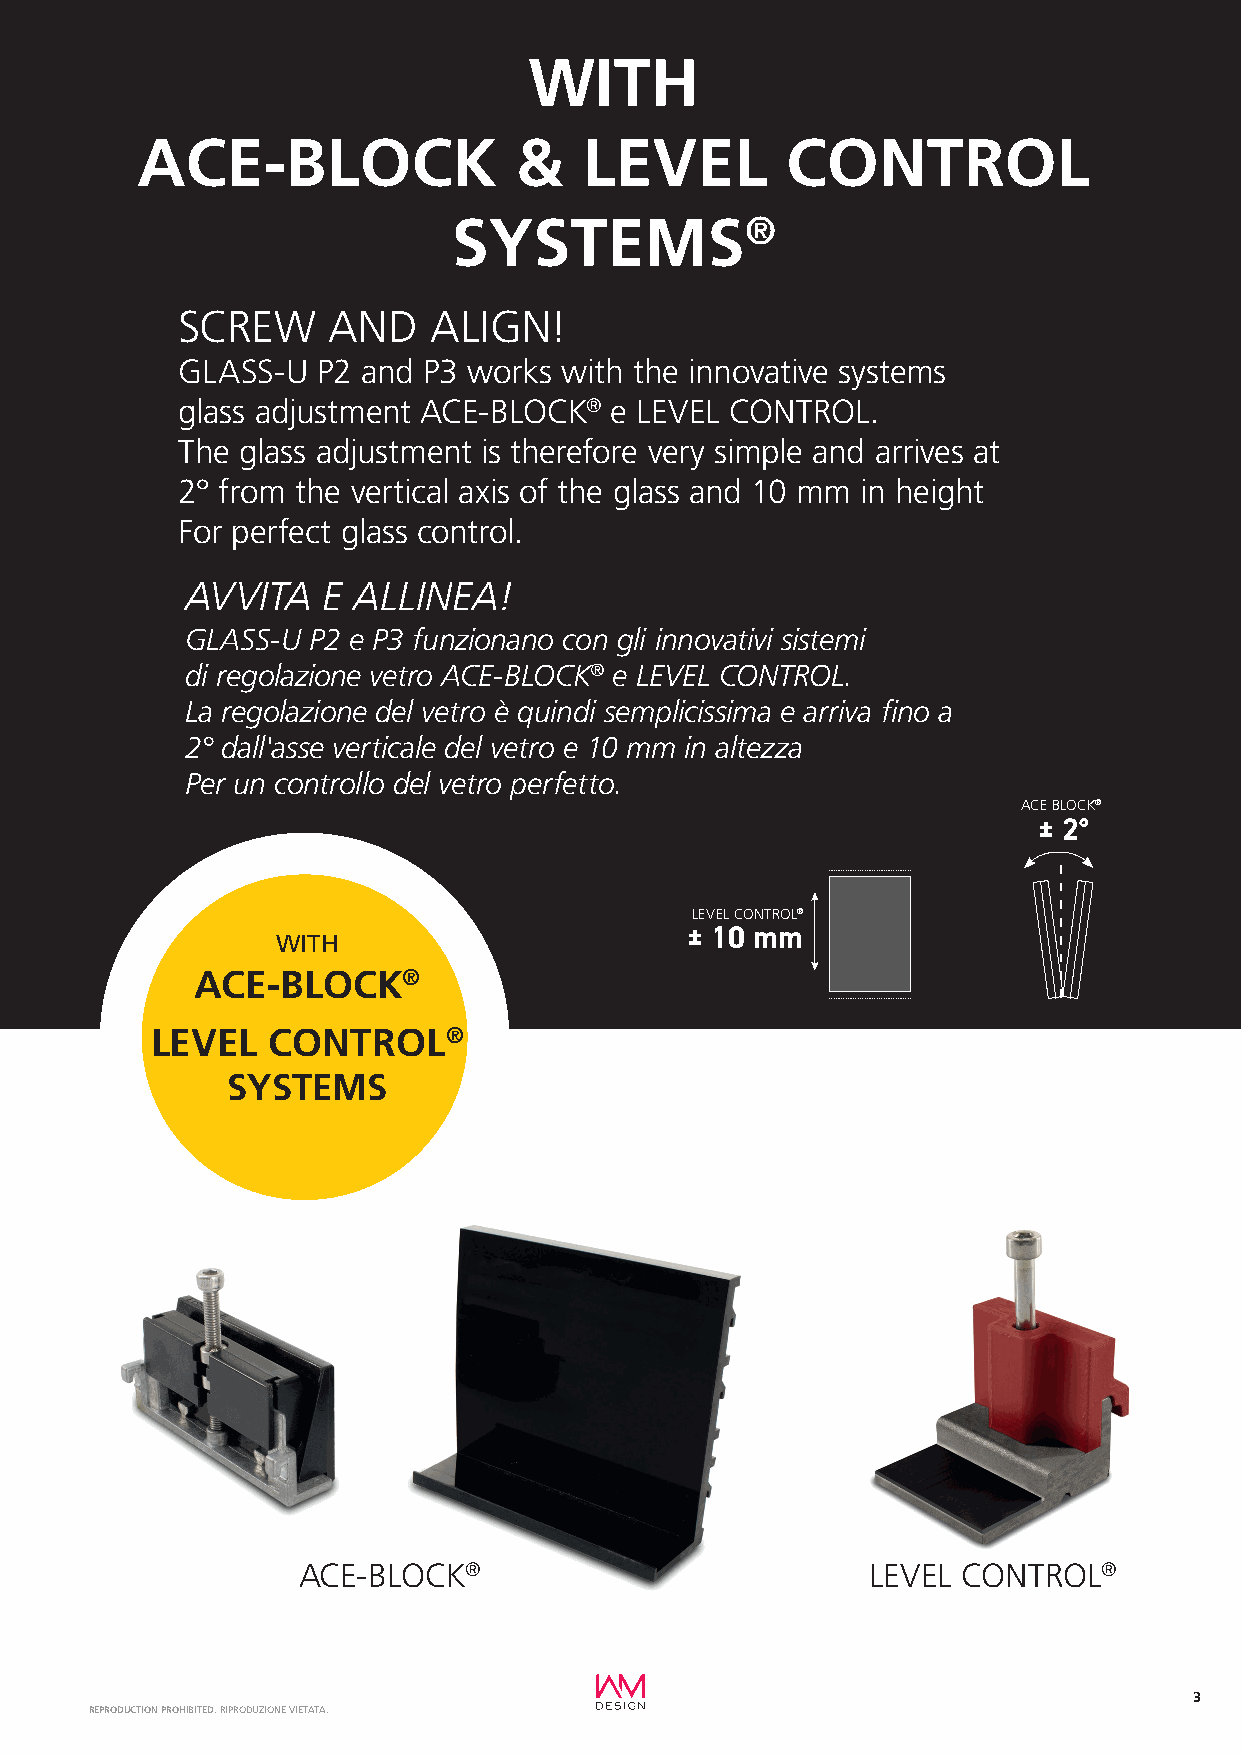
WITH
 ACE-BLOCK                &    LEVEL        CONTROL
 SYSTEMS®
 SCREW     AND   ALIGN!
 GLASS-U  P2 and P3 works with the innovative systems
 glass adjustment ACE-BLOCK® e LEVEL CONTROL.
 The glass adjustment is therefore very simple and arrives at
 2° from the vertical axis of the glass and 10 mm in height
 For perfect glass control.
 AVVITA   E ALLINEA!
 GLASS-U P2 e P3 funzionano con gli innovativi sistemi
 di regolazione vetro ACE-BLOCK® e LEVEL CONTROL.
 La regolazione del vetro è quindi semplicissima e arriva fino a
 2° dall'asse verticale del vetro e 10 mm in altezza
 Per un controllo del vetro perfetto.
 ACE BLOCK®
 ± 2°
 LEVEL CONTROL®
 ± 10 mm
 WITH
 ACE-BLOCK®
 LEVEL   CONTROL®
 SYSTEMS
 ACE-BLOCK®                           LEVEL  CONTROL®
 3
 REPRODUCTION PROHIBITED. RIPRODUZIONE VIETATA.